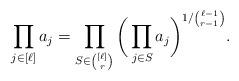
LaTeX: \begin{align*}\prod_{j \in [\ell]} a_j = \prod_{ S \in \binom{[\ell]}{r} }\bigg( \prod_{j \in S} a_j \bigg)^{1/\binom{\ell-1}{r-1}}.\end{align*}